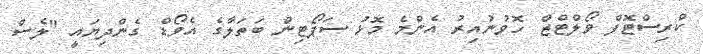
ކްރިސްޓޮފް ވޯލްޓްޒް ހޮވުނުއިރު އެންމެ މޮޅު ސަޕޯޓިން ބަތަލާގެ އެވޯޑް ގެންދިޔައީ "ލެސް